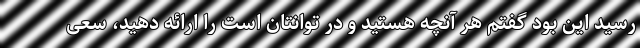
رسید این بود گفتم هر آنچه هستید و در توانتان است را ارائه دهید، سعی